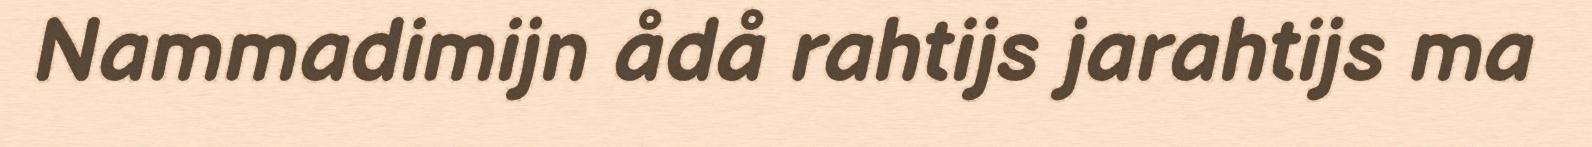
Nammadimijn ådå rahtijs jarahtijs ma